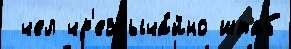
 чел чр'езвыча́йно штаб